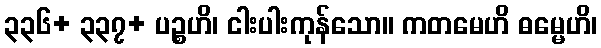
၃၃၆+ ၃၃၇+ ပဉ္စဟိ၊ ငါးပါးကုန်သော။ ကတမေဟိ ဓမ္မေဟိ၊